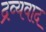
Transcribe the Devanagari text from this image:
द्रव्यवाद